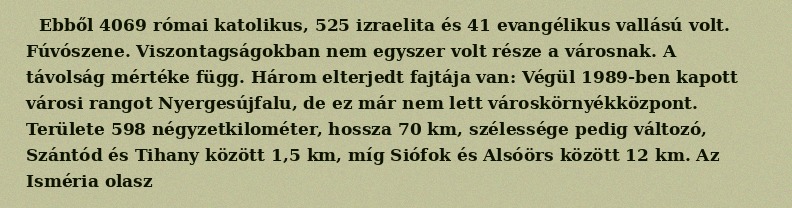
Ebből 4069 római katolikus, 525 izraelita és 41 evangélikus vallású volt. Fúvószene. Viszontagságokban nem egyszer volt része a városnak. A távolság mértéke függ. Három elterjedt fajtája van: Végül 1989-ben kapott városi rangot Nyergesújfalu, de ez már nem lett városkörnyékközpont. Területe 598 négyzetkilométer, hossza 70 km, szélessége pedig változó, Szántód és Tihany között 1,5 km, míg Siófok és Alsóörs között 12 km. Az Isméria olasz